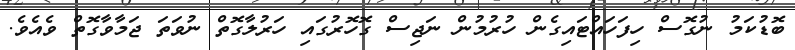
ބޮޑުކަމު ނުގޮސް ހިފަހައްޓައިގެން ހުރުމުން ނަޖިސް ގޮހޮރުގައި ހަރުލާގޮތް ނުވަތަ ޖަމާވާގޮތް ވެއެވެ.